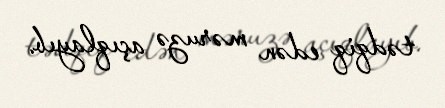
tədqiq edən məruzə açıqlayıb.